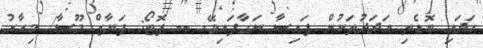
ހަދައި ބޮޑެތި އަދަދުތަކުން ފައިސާ ނަގާފައިވޭ. -- ފޮޓޯ: ފަޔާޒް މޫސާ/ މިހާރު